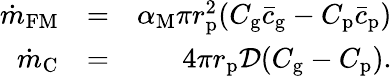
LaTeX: \begin{array}{rlr}{\dot{m}_{\mathrm{FM}}}&{=}&{\alpha_{\mathrm{M}}\pi r_{\mathrm{p}}^{2}(C_{\mathrm{g}}\bar{c}_{\mathrm{g}}-C_{\mathrm{p}}\bar{c}_{\mathrm{p}})}\\ {\dot{m}_{\mathrm{C}}}&{=}&{4\pi r_{\mathrm{p}}\mathcal{D}(C_{\mathrm{g}}-C_{\mathrm{p}}).}\end{array}